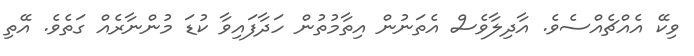
ވިކޭ އެއްޗެއްސެވެ. އާދިލާވެސް އެތަނުން އިތާމުތުން ހަދާފައިވާ ކުޑަ މުންނާރެއް ގަތެވެ. އޭތި